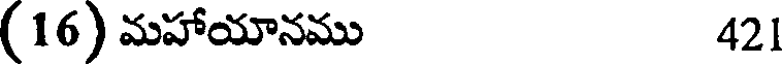
(16) మహాయానము 421